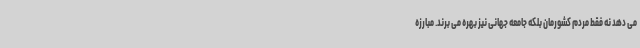
می دهد نه فقط مردم کشورمان بلکه جامعه جهانی نیز بهره می برند. مبارزه